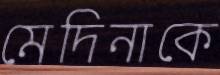
মেদিনাকে